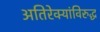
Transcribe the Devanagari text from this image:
अतिरेक्यांविरुद्ध